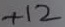
Text: +12